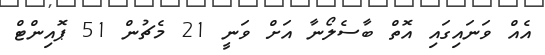
އެއް ވަަނައިގައި އޮތް ބާސެލޯނާ އަށް ވަނީ 21 މެޗުން 51 ޕޮއިންޓް